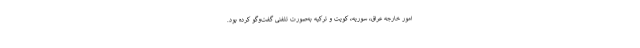
امور خارجه عراق، سوریه، کویت و ترکیه به‌صورت تلفنی گفت‌وگو کرده بود.